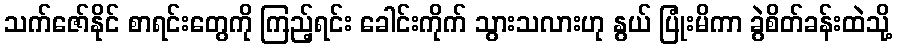
သက်ဇော်နိုင် စာရင်းတွေကို ကြည့်ရင်း ခေါင်းကိုက် သွားသလားဟု နွယ် ပြုံးမိကာ ခွဲစိတ်ခန်းထဲသို့